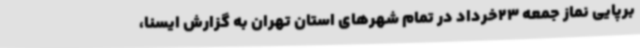
برپایی نماز جمعه 23خرداد در تمام شهرهای استان تهران به گزارش ایسنا،